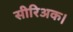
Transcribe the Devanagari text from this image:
सीरिअक।